Treatise on elephants
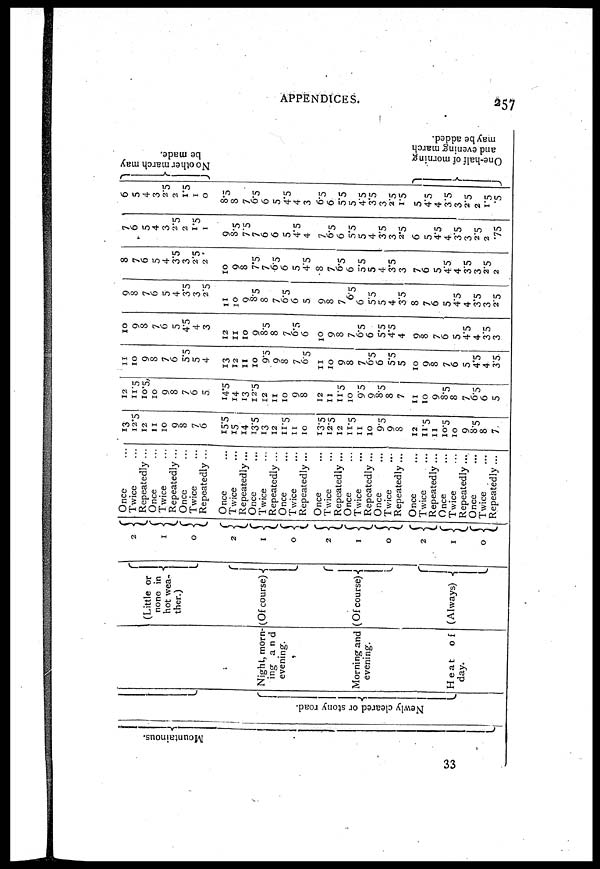
APPENDICES.
257
33
Mounta inous .
Newly cleared or stony road.
Night, morn-
ing and
evening.
Morning and
evening.
Heat
o f
day.
(Little or
none in
hot wea-
then)
(Of course)
(Of course)
(Always)
2
1
0
2
1
0
2
1
0
2
1
0
Once ...
Twice ...
Repeatedly ...
Once ...
Twice
Repeatedly...
Once
Twice
Repeatedly ...
Once
Twice
Repeatedly...
Once
Twice
Repeatedly ...
Once
Twice
Repeatedly ...
Once
Twice
Repeatedly ...
Once
Twice
Repeatedly ...
Once
Twice
Repeatedly ...
Once
Twice
Repeatedly ...
Once
Twice
Repeatedly ...
Once
Twice
Repeatedly ...
13
12.5
12
11
10
9
8
7
6
15.5
15
14
13.5
13
12
11.5
11
10
13.5
12.5
12
11.5
11
10
9.5
9
8
12
11.5
11
10.5
10
9
2.5 8
7
12
11.5
10.5
10
9
8
7
6
5
14.5
14
13
12.5
12
11
10
9
8
12
11
11.5
10
9.5
9
8.5
8
7
11
10
9
8.5
8
7
6.5
6
5
11
10
9
8
7
6
5.5
5
4
13
12
11
10
9.5
9
8
7
6.5
11
10
9
8
7
6.5 6
5.5
5
10
9
8
7
6
5
4.5
4
3.5
10
9
8
7
6
5
4.5
4
3
12
11
10
9
8.5
8
7
6.5
6
10
9
8
7
6.5
6
5.5
4.5
4
9
8
7
6
5
4.5
4
3.5
3
9
8
7
6
5
4
3.5
3
2.5
11
10
9
8.5
8
7
6.5
6
5
9
8
7
6.5
6
5.5
5
4
3.5
8
7
6
5
4.5
4
3.5
3
2.5
8
7
6
5
4
3.5
3
2.5
2
10
9
8
7.5
7
6.5
6
5
4.5
5
7
6.5
6
5.5
5
4
3.5
3
7
6
5
4.5
4
35
3
2.5
2
7
6
5
4
3
2.5
2
1.5 1
9
8.5
7.5
7
6
6
5
4.5
4
7
6.5
6
5.5
5
4
3.5
3
2.5
6
5
4.5
4
3.5
3
2.5
2
.75
6
5
4
3
2.5
2
1.5
1
0
8.5
8
7
6.5
6
5
4.5
4
3
6.5
6
5.5
5
45
3.5
3
2.5
1.5
5
4.5
4
3.5
3
2.5
2
1.5
.5
No o t h e r m a r c h may
be made.
One-half of morning
and evening march
maybe added.